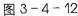
图3-4-12